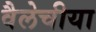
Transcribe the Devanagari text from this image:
वैलेचीया